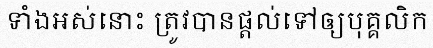
ទាំងអស់នោះ ត្រូវបានផ្តល់ទៅឲ្យបុគ្គលិក